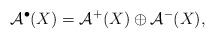
LaTeX: \begin{align*}\mathcal A^\bullet(X)=\mathcal A^+(X)\oplus \mathcal A^-(X), \end{align*}